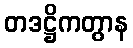
တဒဋ္ဌိကတွာန